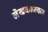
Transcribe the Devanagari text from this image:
लेखकाजवळ